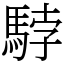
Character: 𩣡